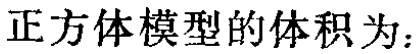
正方体模型的体积为：